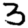
Digit: 3